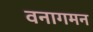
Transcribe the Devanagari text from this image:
वनागमन